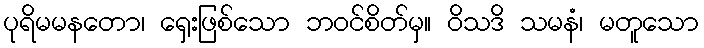
ပုရိမမနတော၊ ရှေးဖြစ်သော ဘဝင်စိတ်မှ။ ဝိသဒိ သမနံ၊ မတူသော